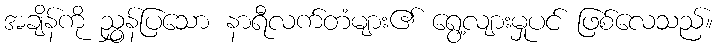
အချိန်ကို ညွှန်ပြသော နာရီလက်တံများ၏ ရွေ့လျားမှုပင် ဖြစ်လေသည်။